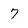
Character: 7